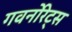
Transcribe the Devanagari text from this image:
गवर्नोरेट्स